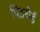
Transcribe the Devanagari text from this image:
पिंडनोई